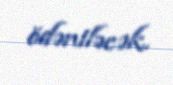
ödəniləcək.